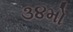
૩૪મો